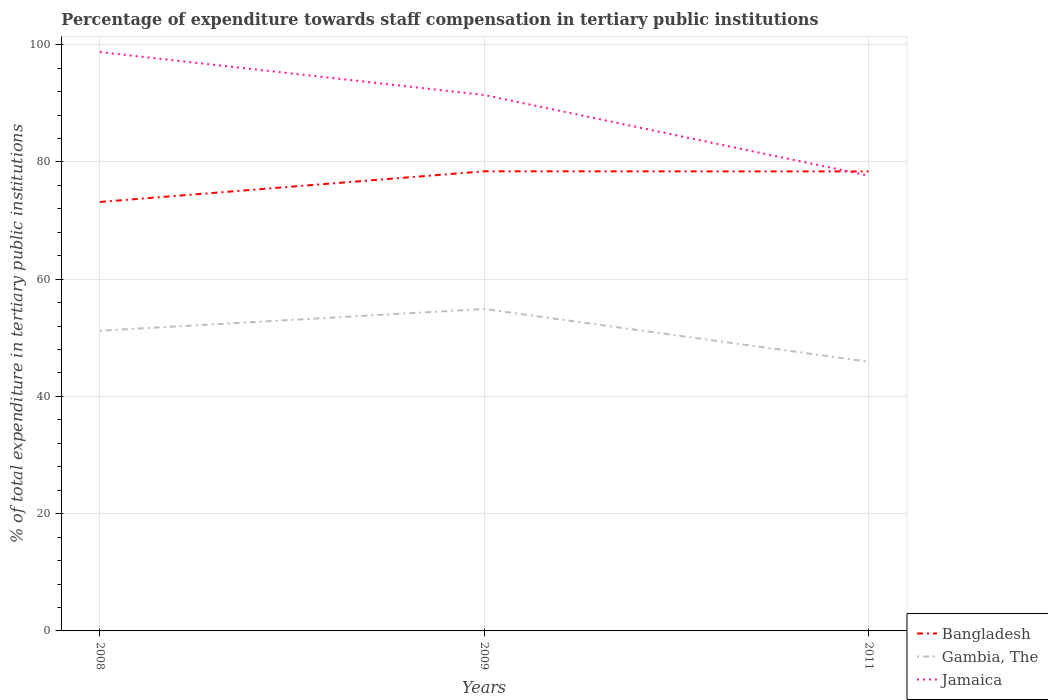
| Years | Bangladesh | Gambia, The | Jamaica |
 | --- | --- | --- | --- |
 | 2008 | 73.2 | 51.2 | 98.7 |
 | 2009 | 78.4 | 54.9 | 91.4 |
 | 2011 | 78.4 | 45.9 | 77.7 |